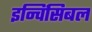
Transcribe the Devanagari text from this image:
इन्विंसिबल